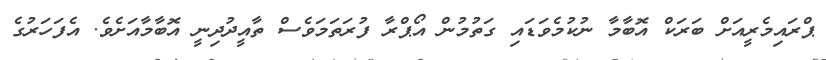
ޕްރައިމެރީއަށް ބަރަކް އޮބާމާ ނުކުމެވަޑައި ގަތުމުން އޯޕްރާ ފުރަތަމަވެސް ތާއީދުދިނީ އޮބާމާއަށެވެ. އެފަހަރުގެ